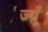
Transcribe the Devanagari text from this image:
ज्यँ